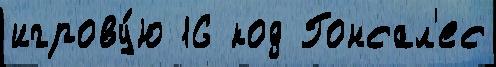
игрову́ю 16 код Гонсал'ес